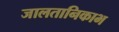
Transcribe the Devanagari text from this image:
जालतानिकाभ